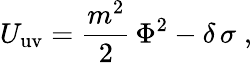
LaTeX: U_{\mathrm{uv}}=\frac{m^{2}}{2}\, \Phi^{2}-\delta\, \sigma\; ,